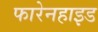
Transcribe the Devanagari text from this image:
फारेनहाइड